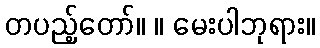
တပည့်တော်။ ။ မေးပါဘုရား။